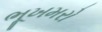
ભૂખમરો